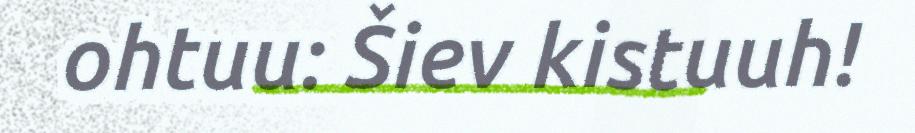
ohtuu: Šiev kistuuh!